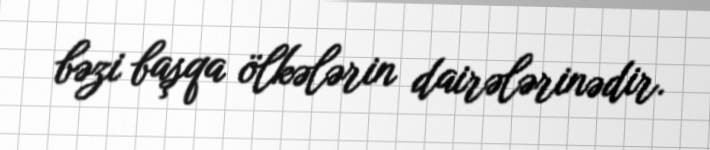
bəzi başqa ölkələrin dairələrinədir.